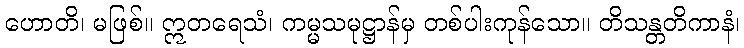
ဟောတိ၊ မဖြစ်။ ဣတရေသံ၊ ကမ္မသမုဋ္ဌာန်မှ တစ်ပါးကုန်သော။ တိသန္တတိကာနံ၊